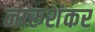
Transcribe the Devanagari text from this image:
नारुशंकर